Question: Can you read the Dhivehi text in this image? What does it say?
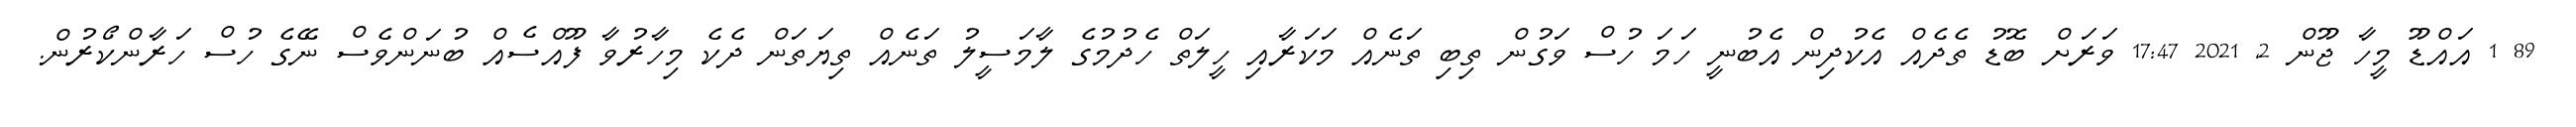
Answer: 89 1 އައްޑޫ މީހާ ޖޫން 2, 2021 17:47 ވަރަށް ބޮޑު ތެދެއް އެކުދިން އެބުނީ ހަމަ ހުސް ވަގުން ތިބި ތަނެއް މަކަރާއި ހީލަތް ހެދުމުގެ ލާމަސީލު ތަނެއް ތިޔަތަން ދެކެ މިހާރުވާ ފޫއްސެއް ބުނަންވެސް ނޭގެ ހުސް ހަރާންކޯރުން.